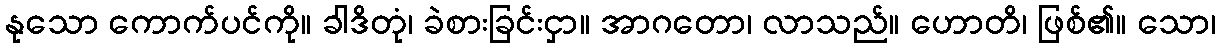
နုသော ကောက်ပင်ကို။ ခါဒိတုံ၊ ခဲစားခြင်းငှာ။ အာဂတော၊ လာသည်။ ဟောတိ၊ ဖြစ်၏။ သော၊